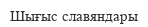
Шығыс славяндары